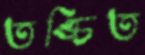
তঙ্চিত